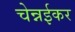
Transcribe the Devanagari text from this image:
चेन्नईकर